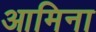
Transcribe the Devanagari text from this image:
आमिना